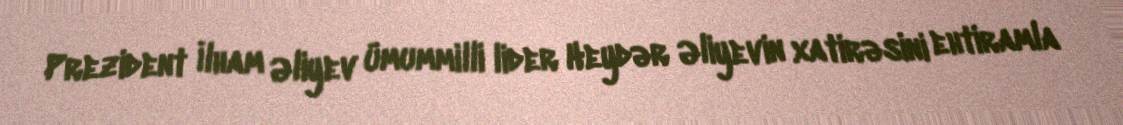
Prezident İlham Əliyev ümummilli lider Heydər Əliyevin xatirəsini ehtiramla